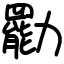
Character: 㔥